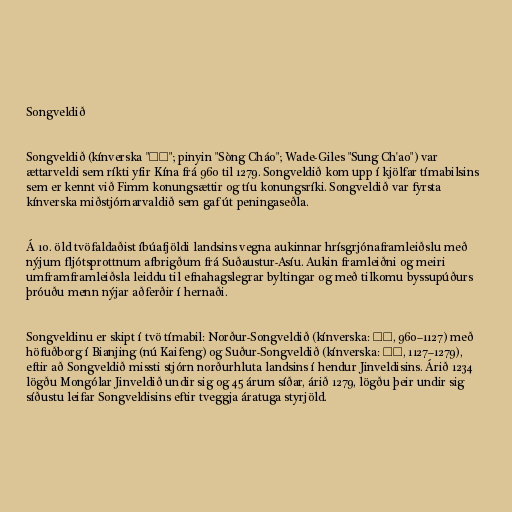
Songveldið

Songveldið (kínverska "宋朝"; pinyin "Sòng Cháo"; Wade-Giles "Sung Ch'ao") var
ættarveldi sem ríkti yfir Kína frá 960 til 1279. Songveldið kom upp í kjölfar tímabilsins
sem er kennt við Fimm konungsættir og tíu konungsríki. Songveldið var fyrsta
kínverska miðstjórnarvaldið sem gaf út peningaseðla.

Á 10. öld tvöfaldaðist íbúafjöldi landsins vegna aukinnar hrísgrjónaframleiðslu með
nýjum fljótsprottnum afbrigðum frá Suðaustur-Asíu. Aukin framleiðni og meiri
umframframleiðsla leiddu til efnahagslegrar byltingar og með tilkomu byssupúðurs
þróuðu menn nýjar aðferðir í hernaði.

Songveldinu er skipt í tvö tímabil: Norður-Songveldið (kínverska: 北宋, 960–1127) með
höfuðborg í Bianjing (nú Kaifeng) og Suður-Songveldið (kínverska: 南宋, 1127–1279),
eftir að Songveldið missti stjórn norðurhluta landsins í hendur Jinveldisins. Árið 1234
lögðu Mongólar Jinveldið undir sig og 45 árum síðar, árið 1279, lögðu þeir undir sig
síðustu leifar Songveldisins eftir tveggja áratuga styrjöld.